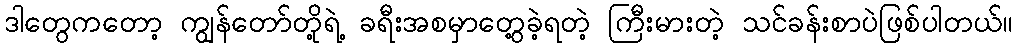
ဒါတွေကတော့ ကျွန်တော်တို့ရဲ့ ခရီးအစမှာတွေ့ခဲ့ရတဲ့ ကြီးမားတဲ့ သင်ခန်းစာပဲဖြစ်ပါတယ်။